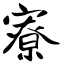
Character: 寮